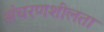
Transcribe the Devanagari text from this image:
संचरणशीलता